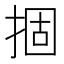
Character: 㧽